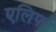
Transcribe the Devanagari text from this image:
एलिफ